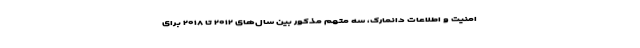
امنیت و اطلاعات دانمارک، سه متهم مذکور بین سال‌های ۲۰۱۲ تا ۲۰۱۸ برای